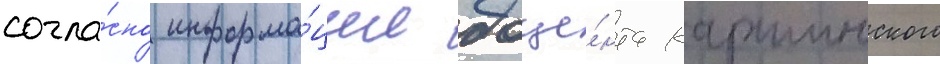
согла́сно информа́ции доце́нта каршинского